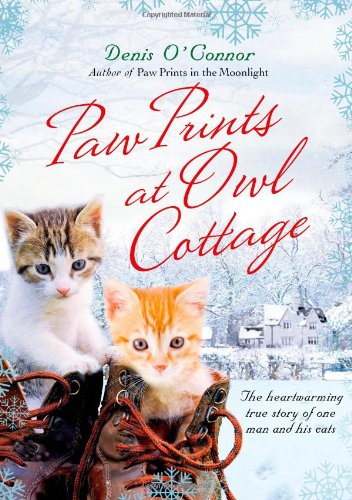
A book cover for Paw Prints at Owl Cottage: The Heartwarming True Story of One Man and His Cats; Denis O'Connor; Biographies & Memoirs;